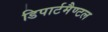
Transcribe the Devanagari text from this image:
डिपार्टमैण्टल